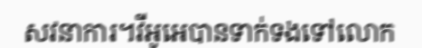
សវនាការ។វីអូអេបានទាក់ទងទៅលោក